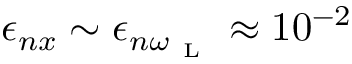
\epsilon _ { n x } \sim \epsilon _ { n \omega _ { \mathrm { ~ L ~ } } } \approx 1 0 ^ { - 2 }